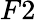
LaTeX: F2